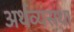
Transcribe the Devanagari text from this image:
अर्थव्यसथा